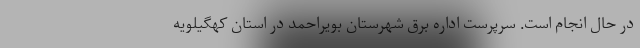
در حال انجام است. سرپرست اداره برق شهرستان بویراحمد در استان کهگیلویه